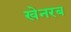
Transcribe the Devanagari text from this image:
खेनरब